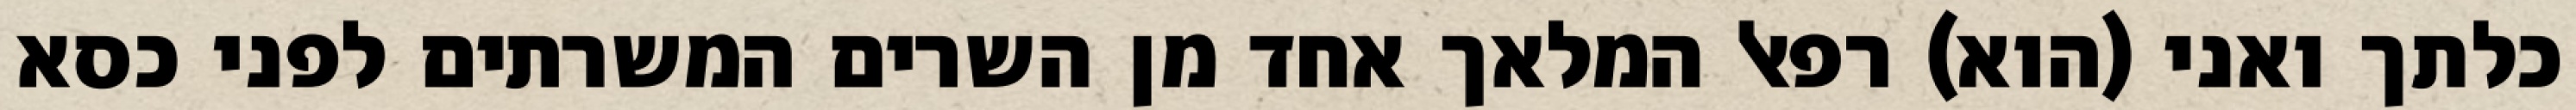
כלתך ואני (הוא) רפאל המלאך אחד מן השרים המשרתים לפני כסא